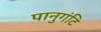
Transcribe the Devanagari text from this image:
पानुगंटि